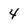
Character: 4